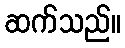
ဆက်သည်။